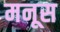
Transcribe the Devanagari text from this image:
मनूस